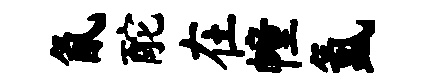
氤酡在幢氲